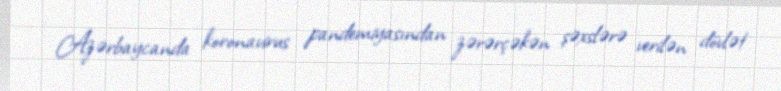
Azərbaycanda koronavirus pandemiyasından zərərçəkən şəxslərə verilən dövlət